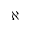
\aleph